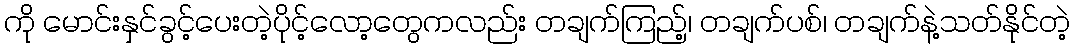
ကို မောင်းနှင်ခွင့်ပေးတဲ့ပိုင့်လော့တွေကလည်း တချက်ကြည့်၊ တချက်ပစ်၊ တချက်နဲ့သတ်နိုင်တဲ့